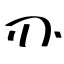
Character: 刅